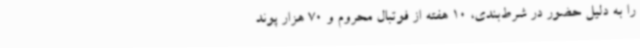
را به دلیل حضور در شرط‌بندی، 10 هفته از فوتبال محروم و 70 هزار پوند